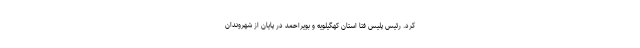
کرد. رئیس پلیس فتا استان کهگیلویه و بویراحمد در پایان از شهروندان